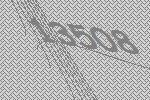
13508